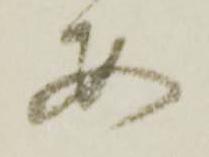
安